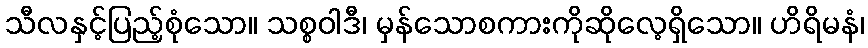
သီလနှင့်ပြည့်စုံသော။ သစ္စဝါဒီ၊ မှန်သောစကားကိုဆိုလေ့ရှိသော။ ဟိရိမနံ၊